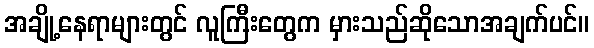
အချို့နေရာများတွင် လူကြီးတွေက မှားသည်ဆိုသောအချက်ပင်။